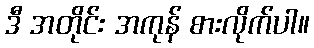
ဒီ အတိုင်း အကုန် စားလိုက်ပါ။